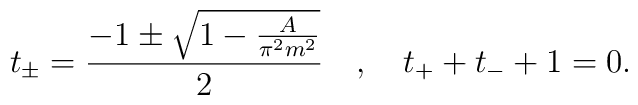
t_{\pm}=\frac{-1\pm \sqrt{1-\frac{A}{\pi^2 m^2}}}{2} \quad, \quad t_{+}+t_{-}+1=0 .